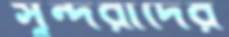
সুন্দরীদের